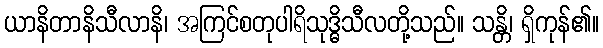
ယာနိတာနိသီလာနိ၊ အကြင်စတုပါရိသုဒ္ဓိသီလတို့သည်။ သန္တိ၊ ရှိကုန်၏။